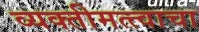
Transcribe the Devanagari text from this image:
व्यक्तीमत्त्वाचा